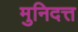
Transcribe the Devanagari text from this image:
मुनिदत्त